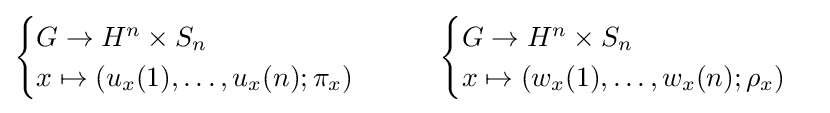
{\begin{cases}G\to H^{n}\times S_{n}\\x\mapsto (u_{x}(1),\ldots ,u_{x}(n);\pi _{x})\end{cases}}\qquad {\begin{cases}G\to H^{n}\times S_{n}\\x\mapsto (w_{x}(1),\ldots ,w_{x}(n);\rho _{x})\end{cases}}